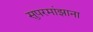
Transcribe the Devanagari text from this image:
सुपरमांझाना